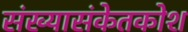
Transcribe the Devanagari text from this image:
संख्यासंकेतकोश